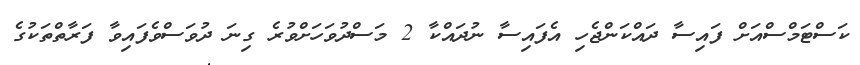
ކަސްޓަމްސްއަށް ފައިސާ ދައްކަންޖެހި އެފައިސާ ނުދައްކާ 2 މަސްދުވަހަށްވުރެ ގިނަ ދުވަސްވެފައިވާ ފަރާތްތަކުގެ